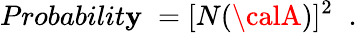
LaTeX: Probabilit\mathbf{y}\; =[N({\calA})]^{2}\; \; .